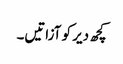
کچھ دیر کو آزاتیں۔